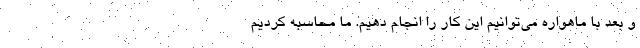
و بعد با ماهواره می‌توانیم این کار را انجام دهیم. ما محاسبه کردیم